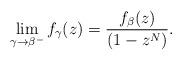
LaTeX: \begin{align*}\lim_{\gamma \to \beta^-}f_{\gamma}(z) = \frac{f_{\beta}(z)}{(1 - z^N)}.\end{align*}